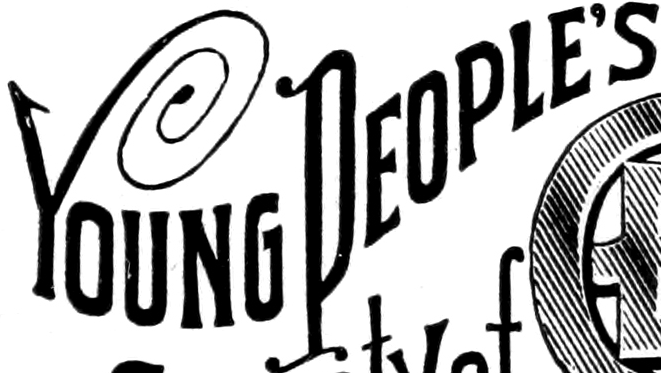
YOUNG PEOPLE'S